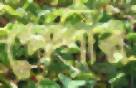
পেশীর